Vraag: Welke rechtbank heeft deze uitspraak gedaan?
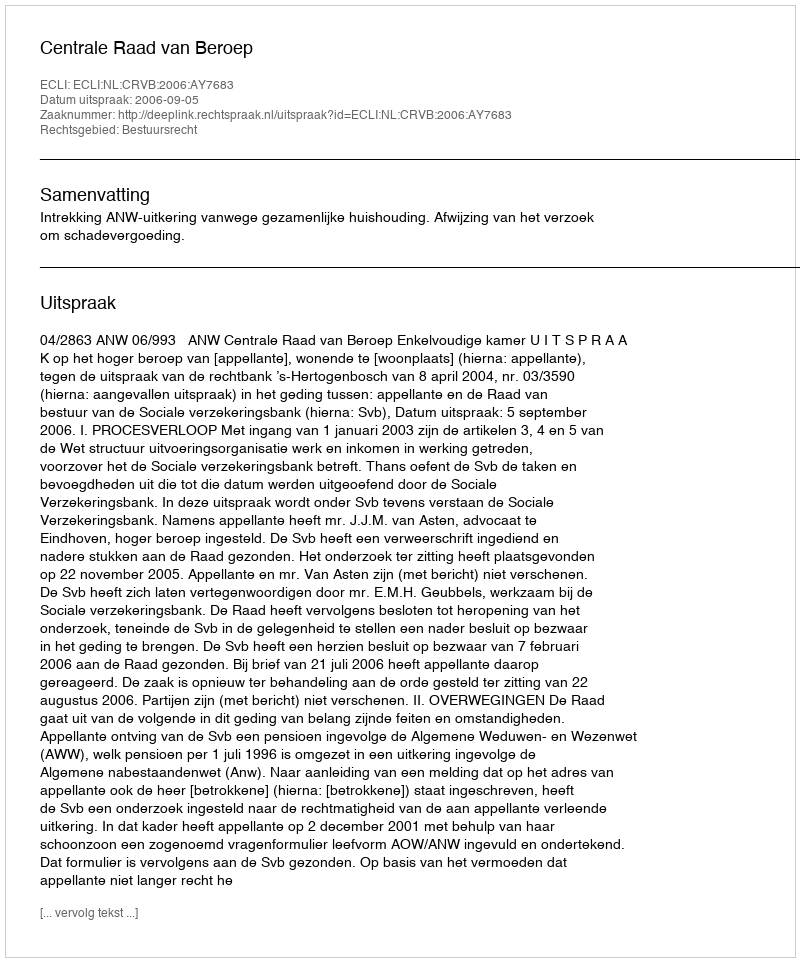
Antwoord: Centrale Raad van Beroep